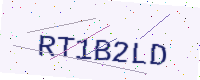
Text: RT1B2LD